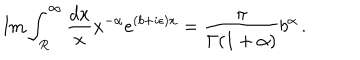
LaTeX: \mathrm { I m } \int _ { R } ^ { \infty } \frac { d x } { x } x ^ { - \alpha } e ^ { ( b + i \epsilon ) x } = \frac { \pi } { \Gamma ( 1 + \alpha ) } b ^ { \alpha } \, .